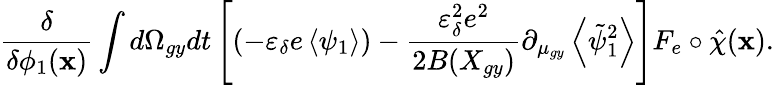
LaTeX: \frac{\delta}{\delta\phi_{1}(\textbf{x})}\int d\Omega_{gy}dt\left[(-\varepsilon_{\delta}e\left\langle\psi_{1}\right\rangle)-\frac{\varepsilon_{\delta}^{2}e^{2}}{2B(X_{gy})}\partial_{\mu_{gy}}\left\langle\tilde{\psi}_{1}^{2}\right\rangle\right]F_{e}\circ\hat{\chi}(\textbf{x}).